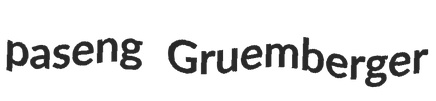
paseng Gruemberger